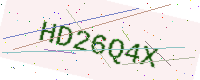
Text: HD26Q4X